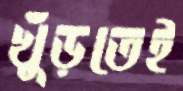
খুঁড়তেই